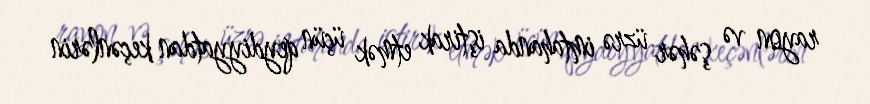
rayon və şəhər üzrə imtahanda iştirak etmək üçün qeydiyyatdan keçənlərin